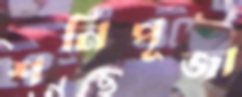
শনিপূজা